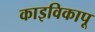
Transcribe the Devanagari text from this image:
काइविकापू